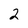
Character: 2